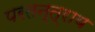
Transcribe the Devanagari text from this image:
परतन्त्राय